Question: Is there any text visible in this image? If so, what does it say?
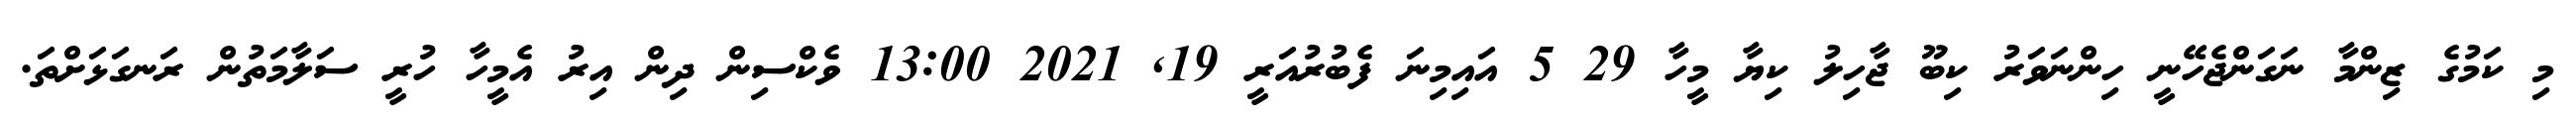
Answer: މި ކަމުގެ ޒިންމާ ނަގަންޖެހޭނީ ހިންނަވަރު ކިބޫ ޖާހިލު ކިޔާ މީހާ 29 5 އައިމިނަ ފެބުރުއަރީ 19, 2021 13:00 ވެކްސިން ދިން އިރު އެމީހާ ހުރީ ސަލާމަތުން ރަނގަޅަށްތަ.